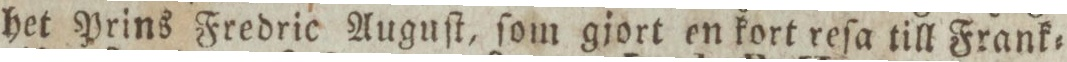
het Prins Fredric Auguſt, ſom gjort en kort reſa till Frank=